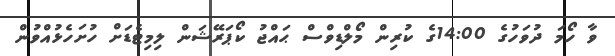
ވާ ހޯމަ ދުވަހުގެ 14:00ގެ ކުރިން މޯލްޑިވްސް ޙައްޖު ކޯޕަރޭޝަން ލިމިޓެޑަށް ހުށަހެޅުއްވުން